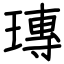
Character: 瑼